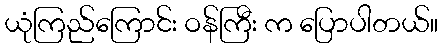
ယုံကြည်ကြောင်း ဝန်ကြီး က ပြောပါတယ်။